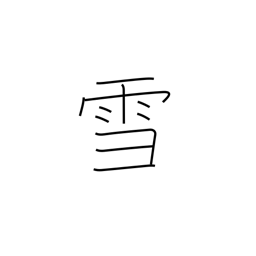
Meaning: snow